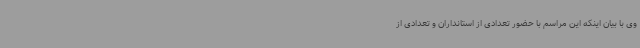
وی با بیان اینکه این مراسم با حضور تعدادی از استانداران و تعدادی از